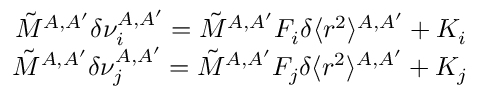
\begin{array} { r } { \tilde { M } ^ { A , A ^ { \prime } } \delta \nu _ { i } ^ { A , A ^ { \prime } } = \tilde { M } ^ { A , A ^ { \prime } } F _ { i } \delta \langle r ^ { 2 } \rangle ^ { A , A ^ { \prime } } + K _ { i } } \\ { \tilde { M } ^ { A , A ^ { \prime } } \delta \nu _ { j } ^ { A , A ^ { \prime } } = \tilde { M } ^ { A , A ^ { \prime } } F _ { j } \delta \langle r ^ { 2 } \rangle ^ { A , A ^ { \prime } } + K _ { j } } \end{array}